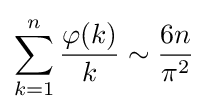
\sum _{k=1}^{n}{\frac {\varphi (k)}{k}}\sim {\frac {6n}{\pi ^{2}}}